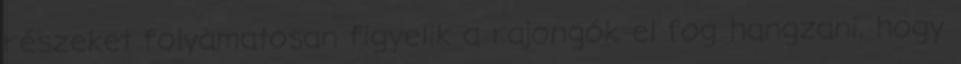
részeket folyamatosan figyelik a rajongók el fog hangzani, hogy